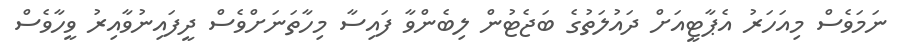
ނަމަވެސް މިއަހަރު އެޕާޓީއަށް ދައުލަތުގެ ބަޖެޓުން ލިބެންވާ ފައިސާ މިހާތަނަށްވެސް ދީފައިނުވާއިރު ވީހާވެސް